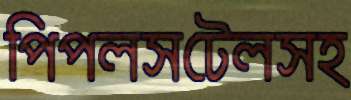
পিপলসটেলসহ